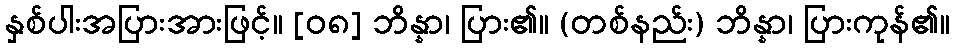
နှစ်ပါးအပြားအားဖြင့်။ [၀၈] ဘိန္နာ၊ ပြား၏။ (တစ်နည်း) ဘိန္နာ၊ ပြားကုန်၏။